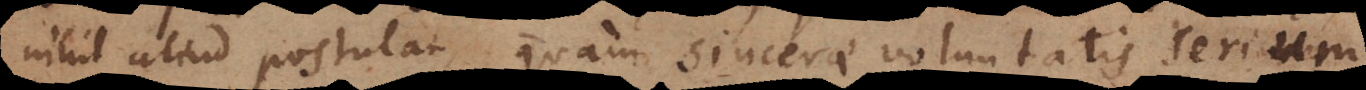
nihil aliud postulat, quam sincerae voluntatis serium